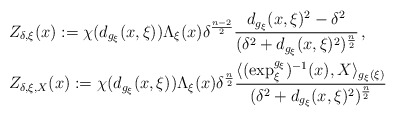
\begin{align*}&Z_{\delta,\xi}(x):=\chi(d_{g_\xi}(x,\xi))\Lambda_\xi(x)\delta^{\frac{n-2}{2}}\frac{d_{g_\xi}(x,\xi)^2-\delta^2}{(\delta^2+d_{g_\xi}(x,\xi)^2)^{\frac{n}{2}}}\,,\\&Z_{\delta,\xi,X}(x):=\chi(d_{g_\xi}(x,\xi))\Lambda_\xi(x)\delta^{\frac{n}{2}}\frac{\langle (\hbox{exp}_\xi^{g_\xi})^{-1}(x),X\rangle_{g_\xi(\xi)}}{(\delta^2+d_{g_\xi}(x,\xi)^2)^{\frac{n}{2}}}\end{align*}